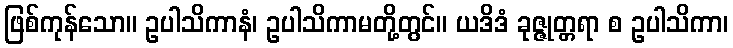
ဖြစ်ကုန်သော။ ဥပါသိကာနံ၊ ဥပါသိကာမတို့တွင်။ ယဒိဒံ ခုဇ္ဇုတ္တရာ စ ဥပါသိကာ၊